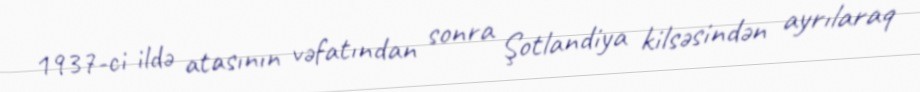
1937-ci ildə atasının vəfatından sonra Şotlandiya kilsəsindən ayrılaraq